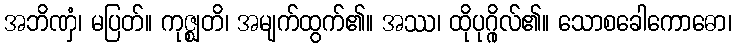
အဘိဏှံ၊ မပြတ်။ ကုဇ္ဈတိ၊ အမျက်ထွက်၏။ အဿ၊ ထိုပုဂ္ဂိုလ်၏။ သောစခေါကောဓော၊